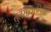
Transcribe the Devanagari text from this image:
तुलसीदासविरचित